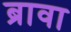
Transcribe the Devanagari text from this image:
ब्रावा